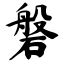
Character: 磐